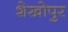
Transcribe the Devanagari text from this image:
शेखोपुर